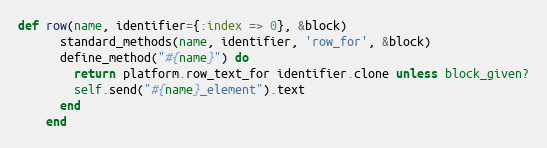
Language: Ruby
def row(name, identifier={:index => 0}, &block)
      standard_methods(name, identifier, 'row_for', &block)
      define_method("#{name}") do
        return platform.row_text_for identifier.clone unless block_given?
        self.send("#{name}_element").text
      end
    end